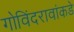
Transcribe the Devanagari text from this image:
गोविंदरावांकडे